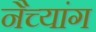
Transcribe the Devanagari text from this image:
नैच्यांग